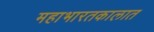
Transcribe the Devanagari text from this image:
महाभारतकालात